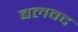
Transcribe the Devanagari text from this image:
बलवद